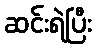
ဆင်းရဲပြီး